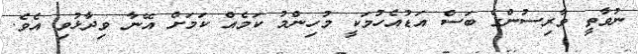
ނުވާތީ ވާރިސުންގެ ބަސް އަޑުއެހުމަކީ މުހިންމު ކަމެއް ކަމަށް އޭނާ ވިދާޅުވި އެވެ.